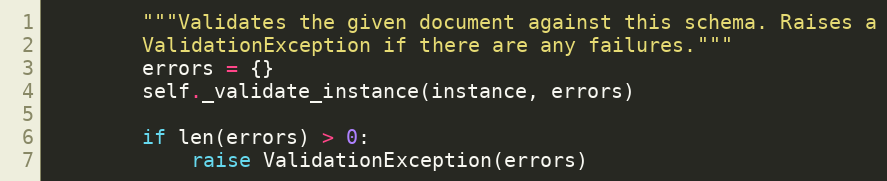
Language: Python
        """Validates the given document against this schema. Raises a
        ValidationException if there are any failures."""
        errors = {}
        self._validate_instance(instance, errors)

        if len(errors) > 0:
            raise ValidationException(errors)